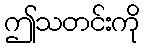
ဤသတင်းကို